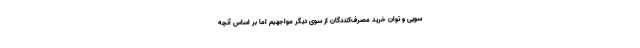
سویی و توان خرید مصرف‌کنندگان از سوی دیگر مواجهیم اما بر اساس آنچه